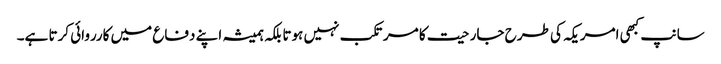
سانپ کبھی امریکہ کی طرح جارحیت کا مرتکب نہیں ہوتا بلکہ ہمیشہ اپنے دفاع میں کارروائی کرتا ہے۔